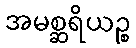
အမစ္ဆရိယဉ္စ